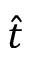
\hat { t }